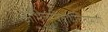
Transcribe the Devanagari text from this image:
अभिलषितार्थचिंतामणी